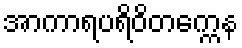
အာကာရပရိဝိတက္ကေန